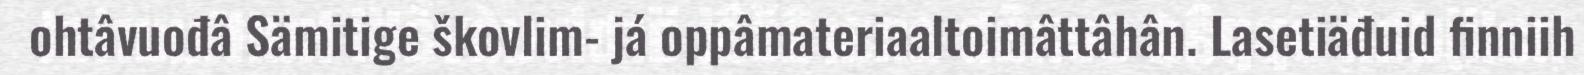
ohtâvuođâ Sämitige škovlim- já oppâmateriaaltoimâttâhân. Lasetiäđuid finniih